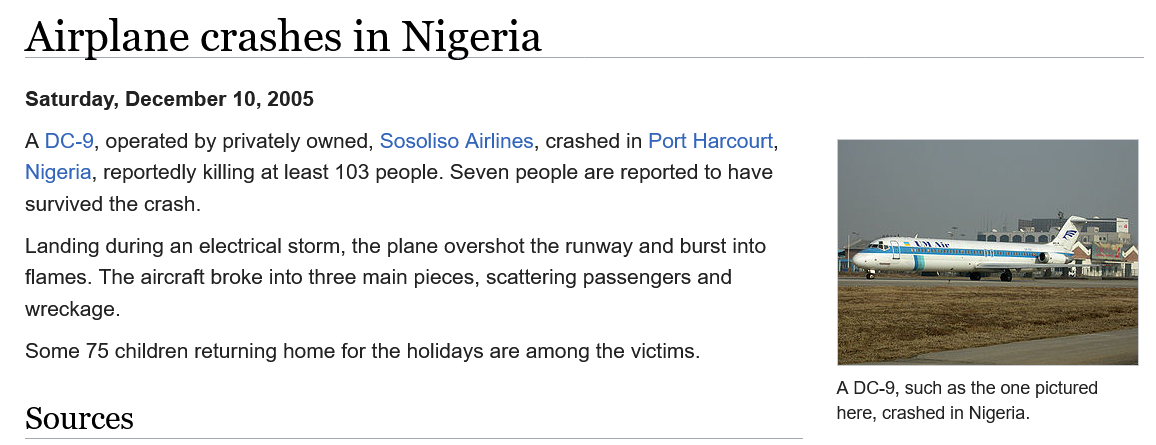
A DC-9, operated by privately owned, Sosoliso Airlines, crashed in Port Harcourt,
   Nigeria, reportedly killing at least 103 people. Seven people are reported to have
   survived the crash.
   Landing during an electrical storm, the plane overshot the runway and burst into
   flames. The aircraft broke into three main pieces, scattering passengers and
   wreckage.
   Some 75 children returning home for the holidays are among the victims.
   Sources
   Saturday, December 10, 2005
     ADC-9, such as the one pictured
     here, crashed in Nigeria.
   Airplane    crashes    in  Nigeria